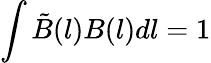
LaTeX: \int\tilde{B}(l)B(l)dl=1